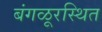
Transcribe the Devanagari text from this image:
बंगळूरस्थित